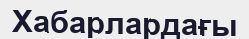
Хабарлардағы